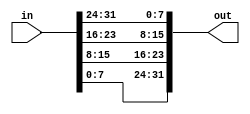
/* A 32-bit vector can be viewed as containing 4 bytes (bits [31:24], [23:16], etc.). 
Build a circuit that will reverse the byte ordering of the 4-byte word. */

module top_module( 
    input [31:0] in,
    output [31:0] out );
    
    assign  out[31:24]=in[7:0];
    assign out[23:16]=in[15:8];
    assign out[15:8]=in[23:16];
    assign  out[7:0]=in[31:24];
        

endmodule